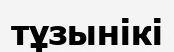
тұзынікі